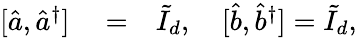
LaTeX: \begin{array}{rlr}{[\hat{a},\hat{a}^{\dagger}]}&{{}=}&{\tilde{I}_{d},\quad[\hat{b},\hat{b}^{\dagger}]=\tilde{I}_{d},}\end{array}